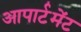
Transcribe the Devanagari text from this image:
आपार्टमेंट